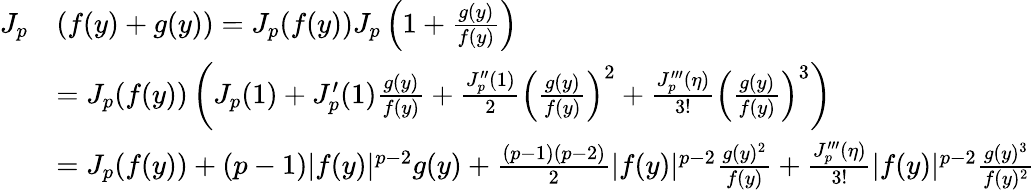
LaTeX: \begin{array}{rl}{J_{p}}&{(f(y)+g(y))=J_{p}(f(y))J_{p}\left(1+\frac{g(y)}{f(y)}\right)}\\ &{=J_{p}(f(y))\left(J_{p}(1)+J_{p}^{\prime}(1)\frac{g(y)}{f(y)}+\frac{J_{p}^{\prime\prime}(1)}{2}\left(\frac{g(y)}{f(y)}\right)^{2}+\frac{J_{p}^{\prime\prime\prime}(\eta)}{3!}\left(\frac{g(y)}{f(y)}\right)^{3}\right)}\\ &{=J_{p}(f(y))+(p-1)|f(y)|^{p-2}g(y)+\frac{(p-1)(p-2)}{2}|f(y)|^{p-2}\frac{g(y)^{2}}{f(y)}+\frac{J_{p}^{\prime\prime\prime}(\eta)}{3!}|f(y)|^{p-2}\frac{g(y)^{3}}{f(y)^{2}}}\end{array}